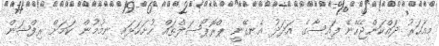
މިއަހަރު ދައްކަންޖެހޭނެ ފައިސާގެ އަދަދު އެނގޭނީ ޕްރޮޕޯސަލްތައް ހުށަހަޅައި ނިމުމުން ކަމަށް ރިފްޝަން